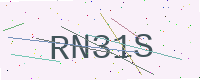
Text: RN31S